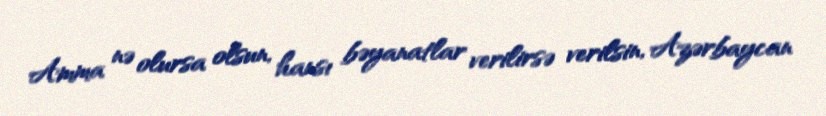
Amma nə olursa olsun, hansı bəyanatlar verilirsə verilsin, Azərbaycan